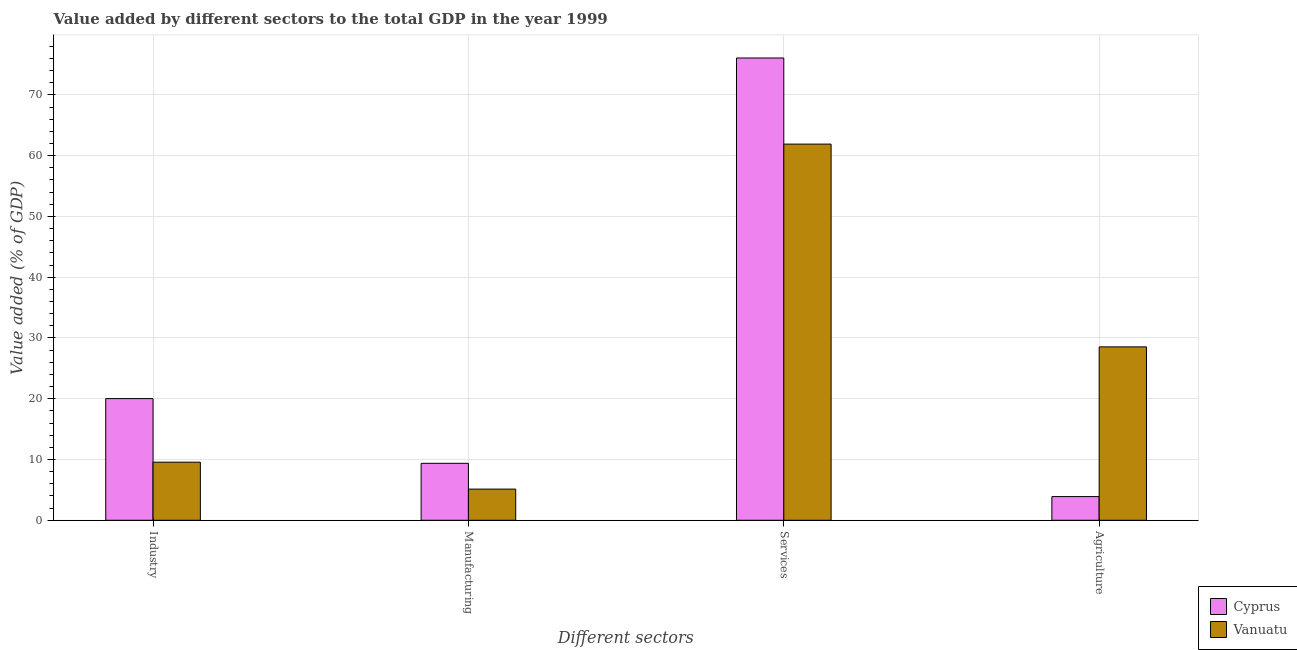
| Different sectors | Cyprus | Vanuatu |
 | --- | --- | --- |
 | Industry | 20 | 9.56 |
 | Manufacturing | 9.37 | 5.13 |
 | Services | 76.1 | 61.9 |
 | Agriculture | 3.9 | 28.5 |